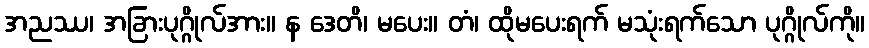
အညဿ၊ အခြားပုဂ္ဂိုလ်အား။ န ဒေတိ၊ မပေး။ တံ၊ ထိုမပေးရက် မသုံးရက်သော ပုဂ္ဂိုလ်ကို။